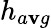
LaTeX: h_{a\mathbf{v}g}